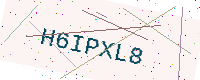
Text: H6IPXL8